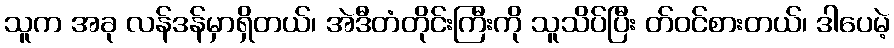
သူက အခု လန်ဒန်မှာရှိတယ်၊ အဲဒီတံတိုင်းကြီးကို သူသိပ်ပြီး တ်ဝင်စားတယ်၊ ဒါပေမဲ့